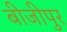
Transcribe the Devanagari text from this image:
बीजीपुर